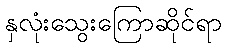
နှလုံးသွေးကြောဆိုင်ရာ